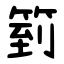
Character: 箌